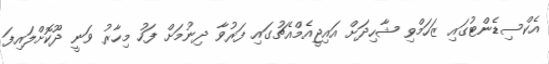
އެކްސިޑެންޓުގައި ޒަހަމްވި ޝާހިދަށް އައިޖީއެމްއެޗުގައި ފަރުވާ ދިނުމަށް ފަހު މިހާރު ވަނީ ދޫކޮށްލައިފަ